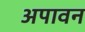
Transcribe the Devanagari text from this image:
अपावन